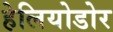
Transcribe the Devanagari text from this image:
हेलियोडोर